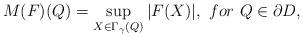
LaTeX: \begin{align*}M(F)(Q)=\sup_{X\in \Gamma_{\gamma}(Q)}|F(X)|,\,\,for \,\,Q\in\partial D,\end{align*}